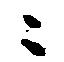
ニ